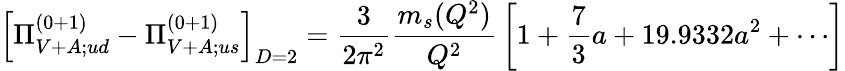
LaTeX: \left[\Pi_{V+A;ud}^{(0+1)}-\Pi_{V+A;us}^{(0+1)}\right]_{D=2}={\frac{3}{2\pi^{2}}}{\frac{m_{s}(Q^{2})}{Q^{2}}}\left[1+{\frac{7}{3}}a+19.9332a^{2}+\cdots\right]